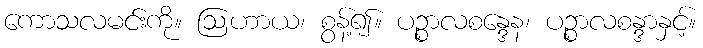
ကောသလမင်းကို။ ဩဟာယ၊ စွန့်၍။ ပဉ္စာလစန္ဒေန၊ ပဉ္စာလစန္ဒာနှင့်။